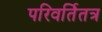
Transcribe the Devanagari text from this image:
परिवर्तितत्र